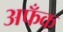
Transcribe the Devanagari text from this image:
अफँक